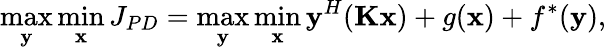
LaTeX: \operatorname*{max}_{\textbf{y}}\operatorname*{min}_{\textbf{x}}J_{PD}=\operatorname*{max}_{\textbf{y}}\operatorname*{min}_{\textbf{x}}\textbf{y}^{H}(\textbf{Kx})+g(\textbf{x})+f^{*}(\textbf{y}),